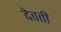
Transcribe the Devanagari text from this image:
देवती